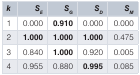
<table><thead><tr><td><b><i>k</i></b></td><td><b><i>S<sub>E</sub></i></b></td><td><b><i>S<sub>G</sub></i></b></td><td><b><i>S<sub>D</sub></i></b></td><td><b><i>S<sub>M</sub></i></b></td></tr></thead><tbody><tr><td>1</td><td>0.000</td><td><b>0.910</b></td><td>0.000</td><td>0.000</td></tr><tr><td>2</td><td><b>1.000</b></td><td><b>1.000</b></td><td><b>1.000</b></td><td>0.475</td></tr><tr><td>3</td><td>0.840</td><td><b>1.000</b></td><td>0.920</td><td>0.005</td></tr><tr><td>4</td><td>0.955</td><td>0.880</td><td><b>0.995</b></td><td>0.085</td></tr></tbody></table>